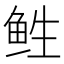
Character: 𱇡